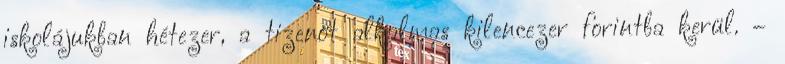
iskolájukban hétezer, a tizenöt alkalmas kilencezer forintba kerül. –